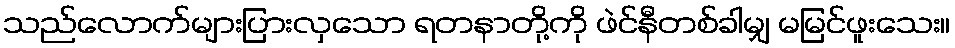
သည်လောက်များပြားလှသော ရတနာတို့ကို ဖဲင်နီတစ်ခါမျှ မမြင်ဖူးသေး။